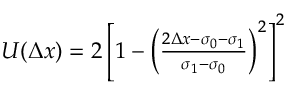
\begin{array} { r } { U ( \Delta x ) = 2 \left[ 1 - \left( \frac { 2 \Delta x - \sigma _ { 0 } - \sigma _ { 1 } } { \sigma _ { 1 } - \sigma _ { 0 } } \right) ^ { 2 } \right] ^ { 2 } } \end{array}